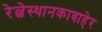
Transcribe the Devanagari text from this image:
रेल्वेस्थानकाबाहेर